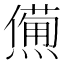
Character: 𤏹